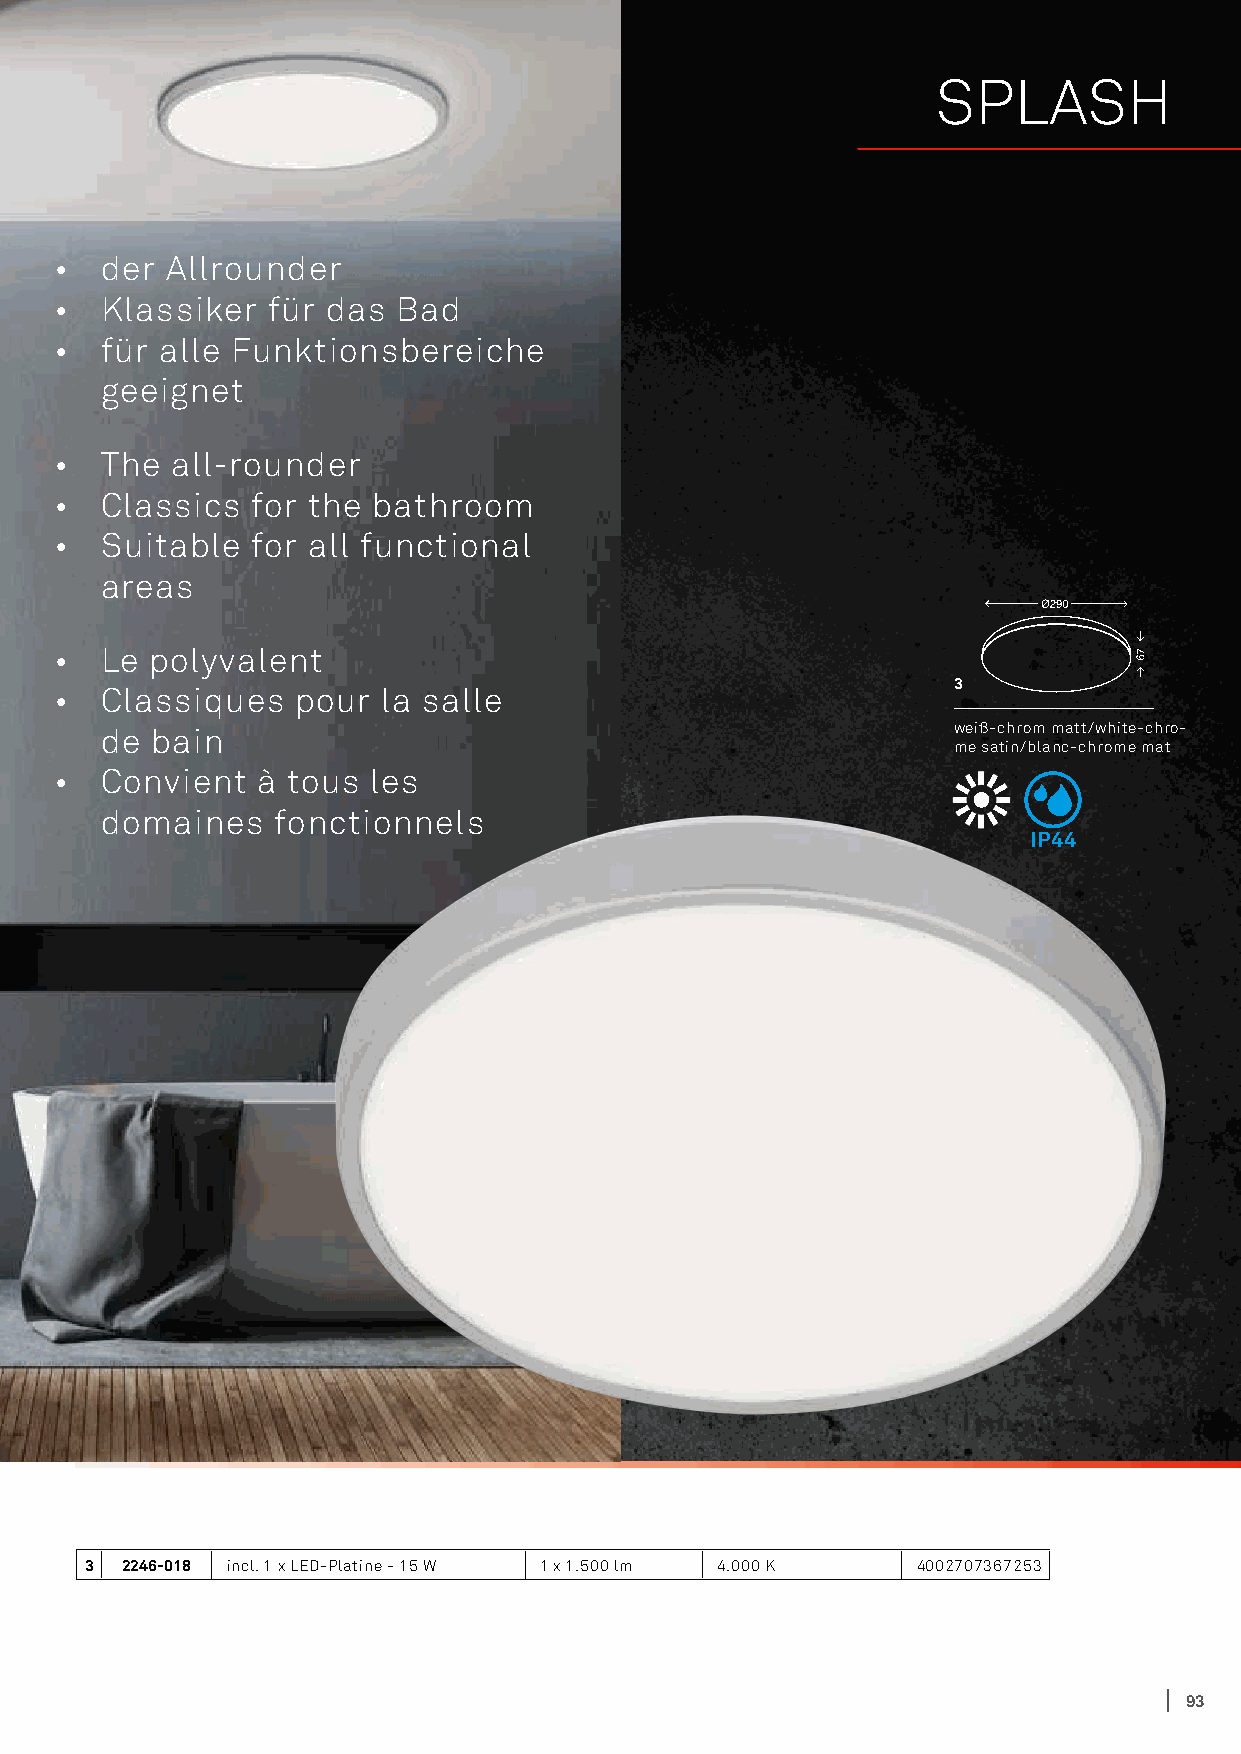
SPLASH
 •  der Allrounder
 •  Klassiker  für das Bad
 •  für alle Funktionsbereiche
 geeignet
 •  The all-rounder
 •  Classics  for the bathroom
 •  Suitable  for all functional
 areas
 •  Le polyvalent
 3
 •  Classiques   pour la salle
 de bain                                                 weiß-chrom matt/white-chro-
 me satin/blanc-chrome mat
 •  Convient  à tous  les
 domaines   fonctionnels
 IP44
 3 2246-018 incl. 1 x LED-Platine - 15 W 1 x 1.500 lm 4.000 K 4002707367253
 93